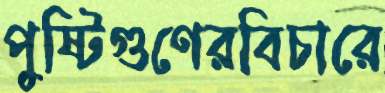
পুষ্টিগুণেরবিচারে